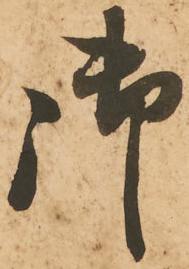
御